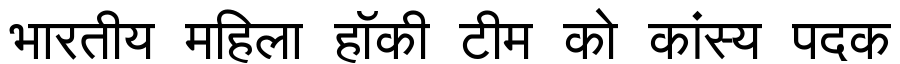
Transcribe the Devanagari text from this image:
भारतीय महिला हॉकी टीम को कांस्य पदक